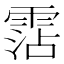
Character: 霑